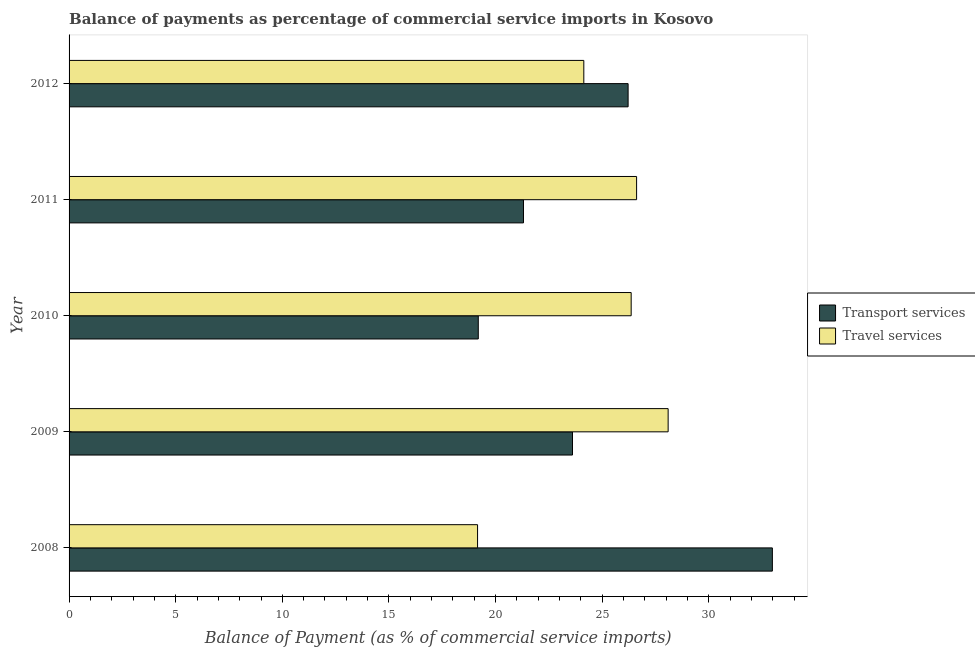
| Year | Transport services | Travel services |
 | --- | --- | --- |
 | 2008 | 33 | 19.2 |
 | 2009 | 23.6 | 28.1 |
 | 2010 | 19.2 | 26.4 |
 | 2011 | 21.3 | 26.6 |
 | 2012 | 26.2 | 24.1 |